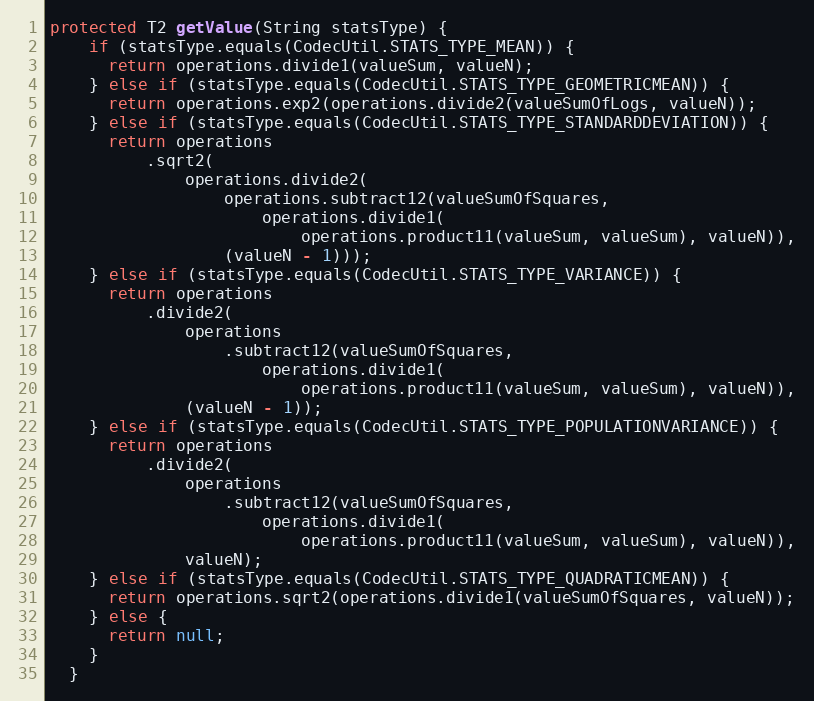
Language: Java
protected T2 getValue(String statsType) {
    if (statsType.equals(CodecUtil.STATS_TYPE_MEAN)) {
      return operations.divide1(valueSum, valueN);
    } else if (statsType.equals(CodecUtil.STATS_TYPE_GEOMETRICMEAN)) {
      return operations.exp2(operations.divide2(valueSumOfLogs, valueN));
    } else if (statsType.equals(CodecUtil.STATS_TYPE_STANDARDDEVIATION)) {
      return operations
          .sqrt2(
              operations.divide2(
                  operations.subtract12(valueSumOfSquares,
                      operations.divide1(
                          operations.product11(valueSum, valueSum), valueN)),
                  (valueN - 1)));
    } else if (statsType.equals(CodecUtil.STATS_TYPE_VARIANCE)) {
      return operations
          .divide2(
              operations
                  .subtract12(valueSumOfSquares,
                      operations.divide1(
                          operations.product11(valueSum, valueSum), valueN)),
              (valueN - 1));
    } else if (statsType.equals(CodecUtil.STATS_TYPE_POPULATIONVARIANCE)) {
      return operations
          .divide2(
              operations
                  .subtract12(valueSumOfSquares,
                      operations.divide1(
                          operations.product11(valueSum, valueSum), valueN)),
              valueN);
    } else if (statsType.equals(CodecUtil.STATS_TYPE_QUADRATICMEAN)) {
      return operations.sqrt2(operations.divide1(valueSumOfSquares, valueN));
    } else {
      return null;
    }
  }